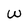
Character: W